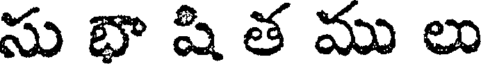
సు భా షి త ము లు